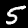
Digit: 5